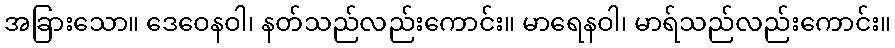
အခြားသော။ ဒေဝေနဝါ၊ နတ်သည်လည်းကောင်း။ မာရေနဝါ၊ မာရ်သည်လည်းကောင်း။